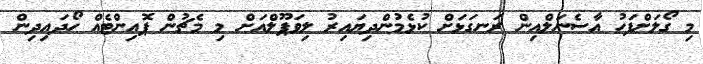
މި ގޯލަށްފަހު އާސެނަލްއިން ރަނގަޅަށް ކުޅެމުންދިޔައިރު ލިވަޕޫލްއަށް މި މެޗުން ޕޮއިންޓެއް ހޯދައިދިން